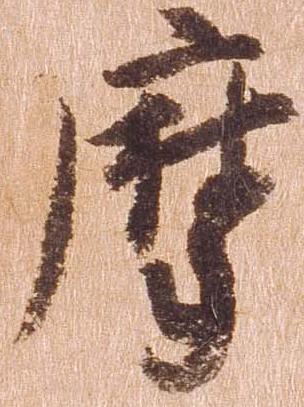
摩